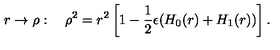
r \rightarrow \rho : \quad \rho ^ { 2 } = r ^ { 2 } \left[ 1 - \frac { 1 } { 2 } \epsilon ( H _ { 0 } ( r ) + H _ { 1 } ( r ) ) \right] .